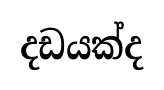
දඩයක්ද